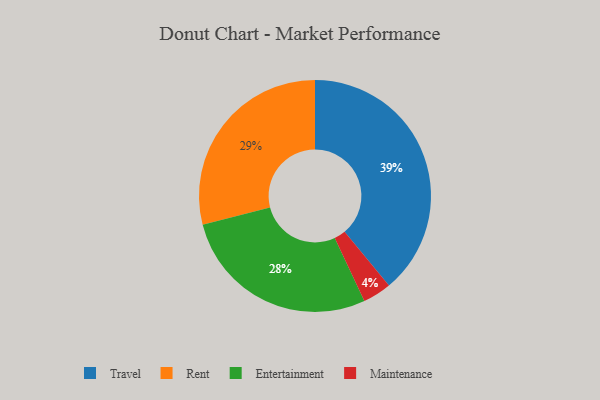
{"axis": {"x": "Category", "y": "Percentage"}, "legend": ["Entertainment", "Maintenance", "Rent", "Travel"], "data": [{"x": "Rent", "y": 29, "type": "Rent"}, {"x": "Maintenance", "y": 4, "type": "Maintenance"}, {"x": "Travel", "y": 39, "type": "Travel"}, {"x": "Entertainment", "y": 28, "type": "Entertainment"}]}